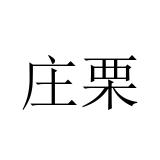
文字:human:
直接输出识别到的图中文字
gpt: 庄栗